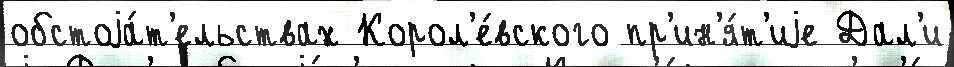
обстоjа́т'ельствах Корол'е́вского пр'ин'я́т'иjе Дал'и